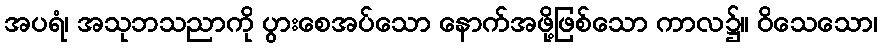
အပရံ၊ အသုဘသညာကို ပွားစေအပ်သော နောက်အဖို့ဖြစ်သော ကာလ၌။ ဝိသေသော၊